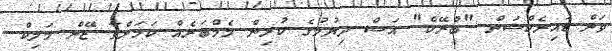
ވަން ޑައިރެކްޝަން "ބްރޭކް" އަސް ދިޔުމުގެ ކުރިން މެމްބަރެއް ކަމަށްވާ ޒޭން މަލިކް